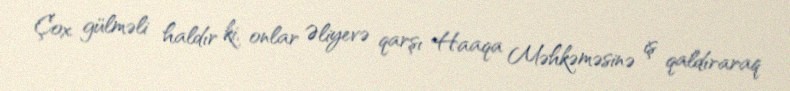
Çox gülməli haldır ki, onlar Əliyevə qarşı Haaqa Məhkəməsinə iş qaldıraraq